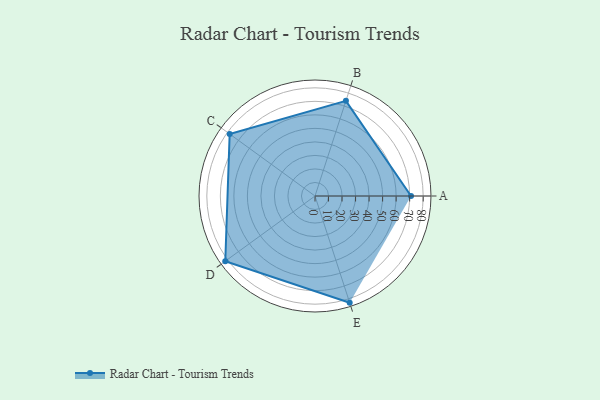
{"axis": {"x": "Skill", "y": "Score"}, "legend": ["Profile"], "data": [{"x": "A", "y": 71.0, "type": "Profile"}, {"x": "B", "y": 74.0, "type": "Profile"}, {"x": "C", "y": 78.0, "type": "Profile"}, {"x": "D", "y": 82.0, "type": "Profile"}, {"x": "E", "y": 83.0, "type": "Profile"}]}